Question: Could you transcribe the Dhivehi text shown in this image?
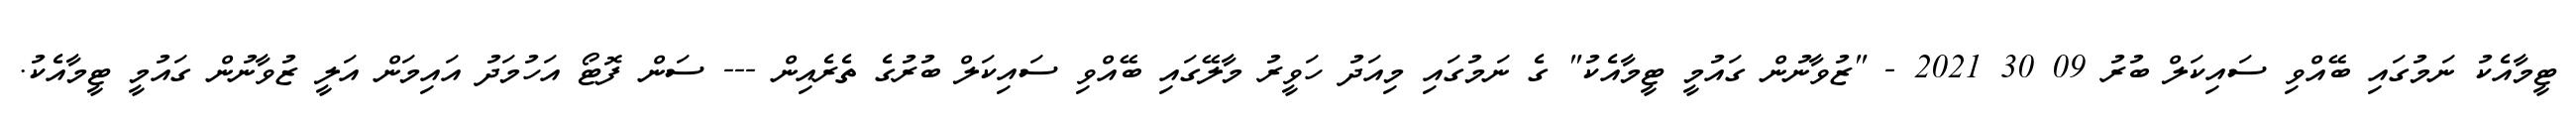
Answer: ޓީމާއެކު ނަމުގައި ބޭއްވި ސައިކަލް ބުރު 09 30 2021 - "ޒުވާނުން ގައުމީ ޓީމާއެކު" ގެ ނަމުގައި މިއަދު ހަވީރު މާލޭގައި ބޭއްވި ސައިކަލް ބުރުގެ ތެރެއިން --- ސަން ފޮޓޯ އަހުމަދު އައިމަން އަލީ ޒުވާނުން ގައުމީ ޓީމާއެކު.